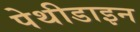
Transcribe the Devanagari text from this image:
पेथीडाइन